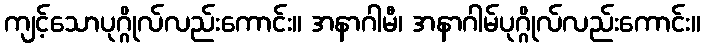
ကျင့်သောပုဂ္ဂိုလ်လည်းကောင်း။ အနာဂါမီ၊ အနာဂါမ်ပုဂ္ဂိုလ်လည်းကောင်း။